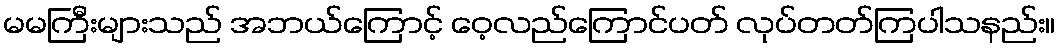
မမကြီးများသည် အဘယ်ကြောင့် ဝေ့လည်ကြောင်ပတ် လုပ်တတ်ကြပါသနည်း။